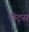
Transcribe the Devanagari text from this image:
सेट्‌स